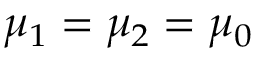
\mu _ { 1 } = \mu _ { 2 } = \mu _ { 0 }